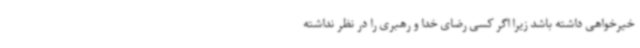
خیرخواهی داشته باشد زیرا اگر کسی رضای خدا و رهبری را در نظر نداشته